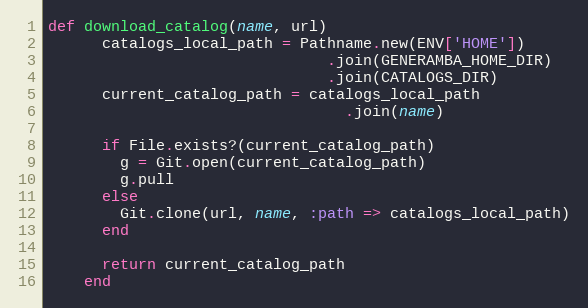
Language: Ruby
def download_catalog(name, url)
      catalogs_local_path = Pathname.new(ENV['HOME'])
                               .join(GENERAMBA_HOME_DIR)
                               .join(CATALOGS_DIR)
      current_catalog_path = catalogs_local_path
                                 .join(name)

      if File.exists?(current_catalog_path)
        g = Git.open(current_catalog_path)
        g.pull
      else
        Git.clone(url, name, :path => catalogs_local_path)
      end

      return current_catalog_path
    end